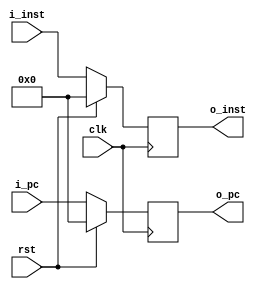
`timescale 1ns / 1ps
//////////////////////////////////////////////////////////////////////////////////
// Company: 
// Engineer: 
// 
// Design Name: 
// Module Name: if_id
// Project Name: 
// Target Devices: 
// Tool Versions: 
// Description: 
// 
// Dependencies: 
// 
// Revision:
// Revision 0.01 - File Created
// Additional Comments:
// 
//////////////////////////////////////////////////////////////////////////////////


module if_id(
    input wire rst,
    input wire clk,
    
    input wire[31:0] i_pc,
    input wire[31:0] i_inst,
    
    output reg[31:0] o_pc,
    output reg[31:0] o_inst
    );

always @(posedge clk)
begin
    if (rst == 1'b1)
        begin
            o_pc <= 32'h0;
            o_inst <= 32'h0;
        end
    else
        begin
            o_pc <= i_pc;
            o_inst <= i_inst;
        end
end

endmodule